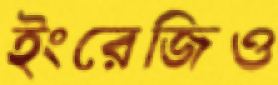
ইংরেজিও